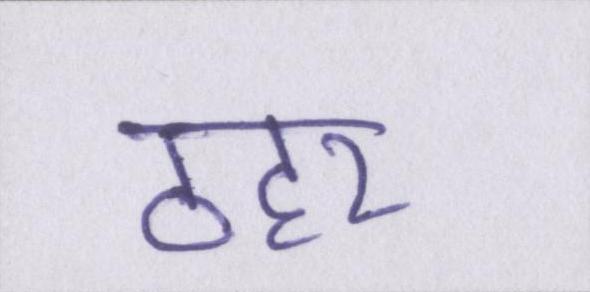
ठहर